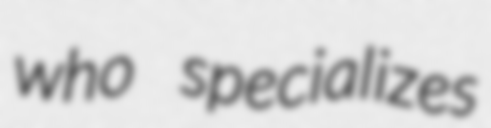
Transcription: who specializes